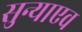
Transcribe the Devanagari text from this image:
सुन्याएव